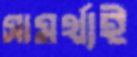
সামর্থ্যই